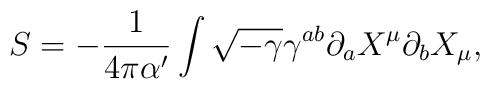
S = -\frac{1}{4 \pi \alpha'}  \int \sqrt{-\gamma} \gamma^{ab}\partial_a X^\mu \partial_b X_\mu,